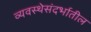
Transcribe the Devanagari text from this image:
व्यवस्थेसंदर्भातील